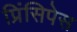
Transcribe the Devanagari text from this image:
प्रिंसिपेस